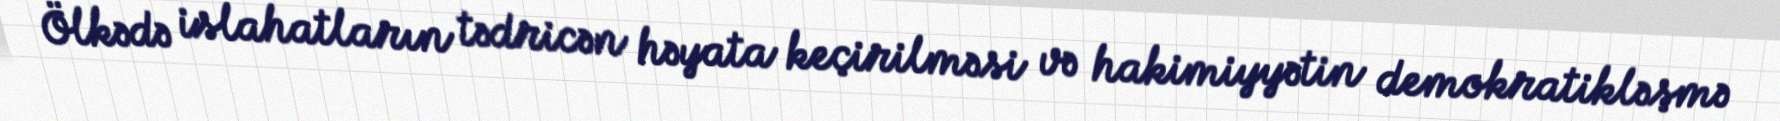
Ölkədə islahatların tədricən həyata keçirilməsi və hakimiyyətin demokratikləşmə